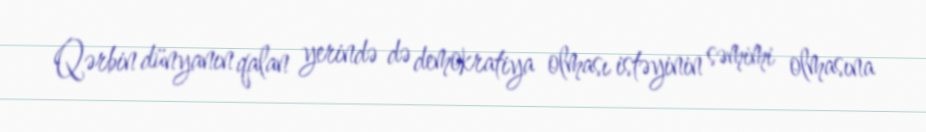
Qərbin dünyanın qalan yerində də demokratiya olması istəyinin səmimi olmasına